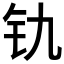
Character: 𫟲